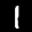
Label: 1